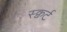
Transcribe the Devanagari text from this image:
स्क्वर्ट